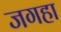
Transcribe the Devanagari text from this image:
जगहा